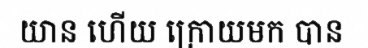
យាន ហើយ ក្រោយមក បាន